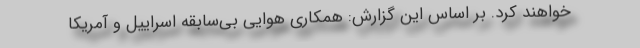
خواهند کرد. بر اساس این گزارش: همکاری هوایی بی‌سابقه اسراییل و آمریکا